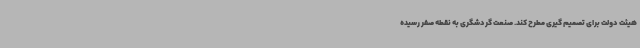
هیئت دولت برای تصمیم گیری مطرح کند. صنعت گردشگری به نقطه صفر رسیده